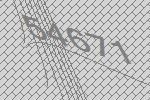
54671